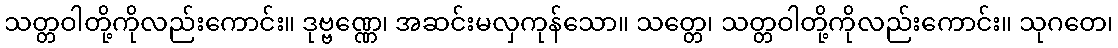
သတ္တဝါတို့ကိုလည်းကောင်း။ ဒုဗ္ဗဏ္ဏေ၊ အဆင်းမလှကုန်သော။ သတ္တေ၊ သတ္တဝါတို့ကိုလည်းကောင်း။ သုဂတေ၊